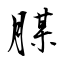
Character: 腜